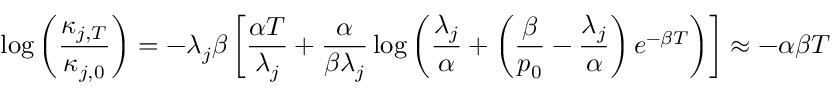
\log \left( \frac { \kappa _ { j , T } } { \kappa _ { j , 0 } } \right) = - \lambda _ { j } \beta \left[ \frac { \alpha T } { \lambda _ { j } } + \frac { \alpha } { \beta \lambda _ { j } } \log \left( \frac { \lambda _ { j } } { \alpha } + \left( \frac { \beta } { p _ { 0 } } - \frac { \lambda _ { j } } { \alpha } \right) e ^ { - \beta T } \right) \right] \approx - \alpha \beta T